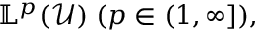
\mathbb { L } ^ { p } ( \mathcal { U } ) \; ( p \in ( 1 , \infty ] ) ,